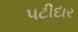
પટીદાર